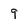
Character: 9